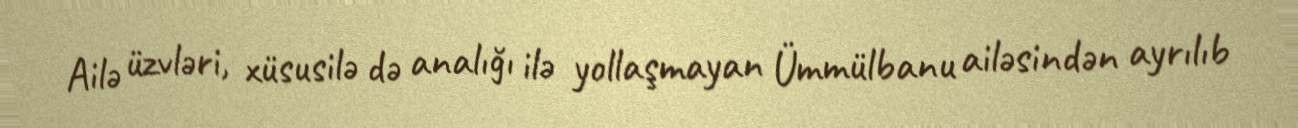
Ailə üzvləri, xüsusilə də analığı ilə yollaşmayan Ümmülbanu ailəsindən ayrılıb